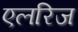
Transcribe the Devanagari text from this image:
एलरिज